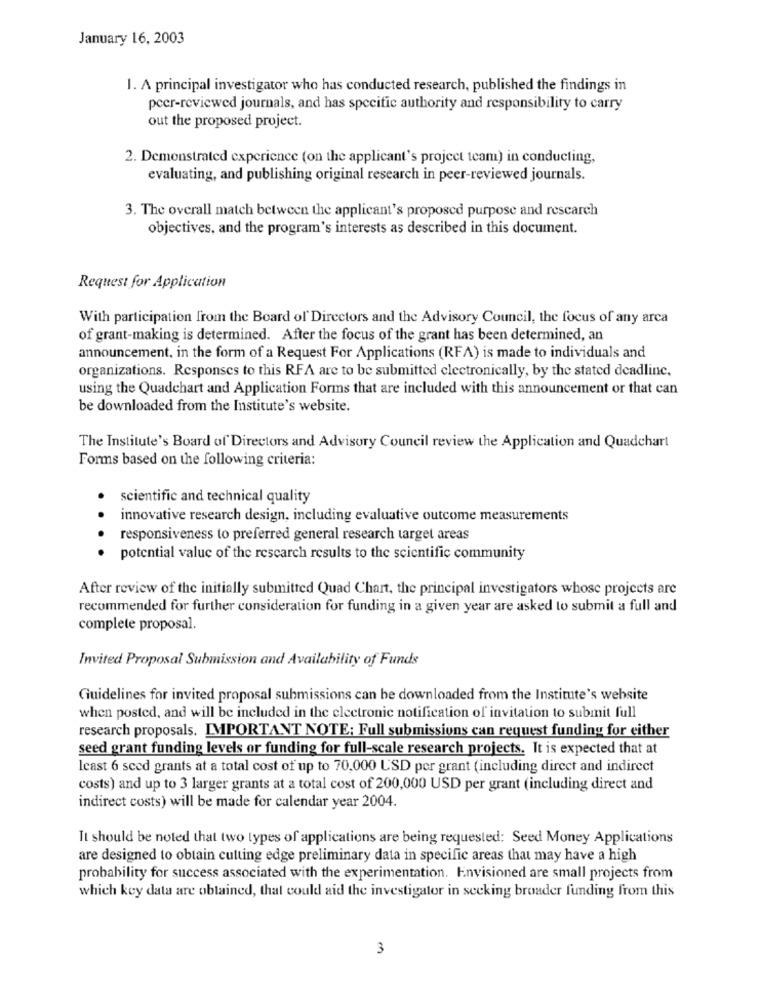
January 16, 2003
1. A principal investigator who has conducted research, published the findings in
peer-reviewed journals, and has specific authority and responsibility to carry
out the proposed project.
2. Demonstrated experience (on the applicant's project team) in conducting,
evaluating, and publishing original research in peer-reviewed journals.
3. The overall match between the applicant's proposed purpose and research
objectives, and the program's interests as described in this document.
Request for Application
With participation from the Board of Directors and the Advisory Council, the focus of any arca
of grant-making is determined. After the focus of the grant has been determined, an
announcement, in the form of a Request For Applications (RFA) is made to individuals and
organizations. Responses to this RFA are to be submitted electronically, by the stated deadline.
using the Quadchart and Application Forms that are included with this announcement or that can
be downloaded from the Institute's website.
The Institute's Board of Directors and Advisory Council review the Application and Quadchart
Forms based on the following criteria:
.
scientific and technical quality
innovative research design, including evaluative outcome measurements
responsiveness to preferred general research target areas
potential value of the research results to the scientific community
After review of the initially submitted Quad Chart, the principal investigators whose projects are
recommended for further consideration for funding in a given year are asked to submit a full and
complete proposal.
Invited Proposal Submission and Availability of Funds
Guidelines for invited proposal submissions can be downloaded from the Institute's website
when posted, and will be included in the electronic notification of invitation to submit full
research proposals. IMPORTANT NOTE: Full submissions can request funding for either
seed grant funding levels or funding for full-scale research projects. It is expected that at
least 6 sced grants at a total cost of up to 70,000 USD per grant (including direct and indirect
costs) and up to 3 larger grants at a total cost of 200,000 USD per grant (including direct and
indirect costs) will be made for calendar year 2004.
It should be noted that two types of applications are being requested: Seed Money Applications
are designed to obtain cutting edge preliminary data in specific areas that may have a high
probability for success associated with the experimentation. Envisioned are small projects from
which key data are obtained, that could aid the investigator in seeking broader funding from this
3